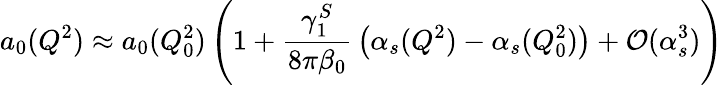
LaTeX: a_{0}(Q^{2})\approx a_{0}(Q_{0}^{2})\left(1+{\frac{\gamma_{1}^{S}}{8\pi\beta_{0}}}\left(\alpha_{s}(Q^{2})-\alpha_{s}(Q_{0}^{2})\right)+{\cal O}(\alpha_{s}^{3})\right)